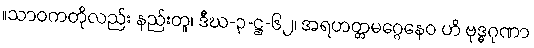
။သာဝကတိုလည်း နည်းတူ၊ ဒီဃ-၃-ဋ္ဌ-၆၂၊ အရဟတ္တမဂ္ဂေနေဝ ဟိ ဗုဒ္ဓဂုဏာ